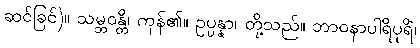
ဆင်ခြင်)။ သမ္ဘဝန္တိ၊ ကုန်၏။ ဥပ္ပန္နာ၊ တို့သည်။ ဘာဝနာပါရိပုရိံ၊